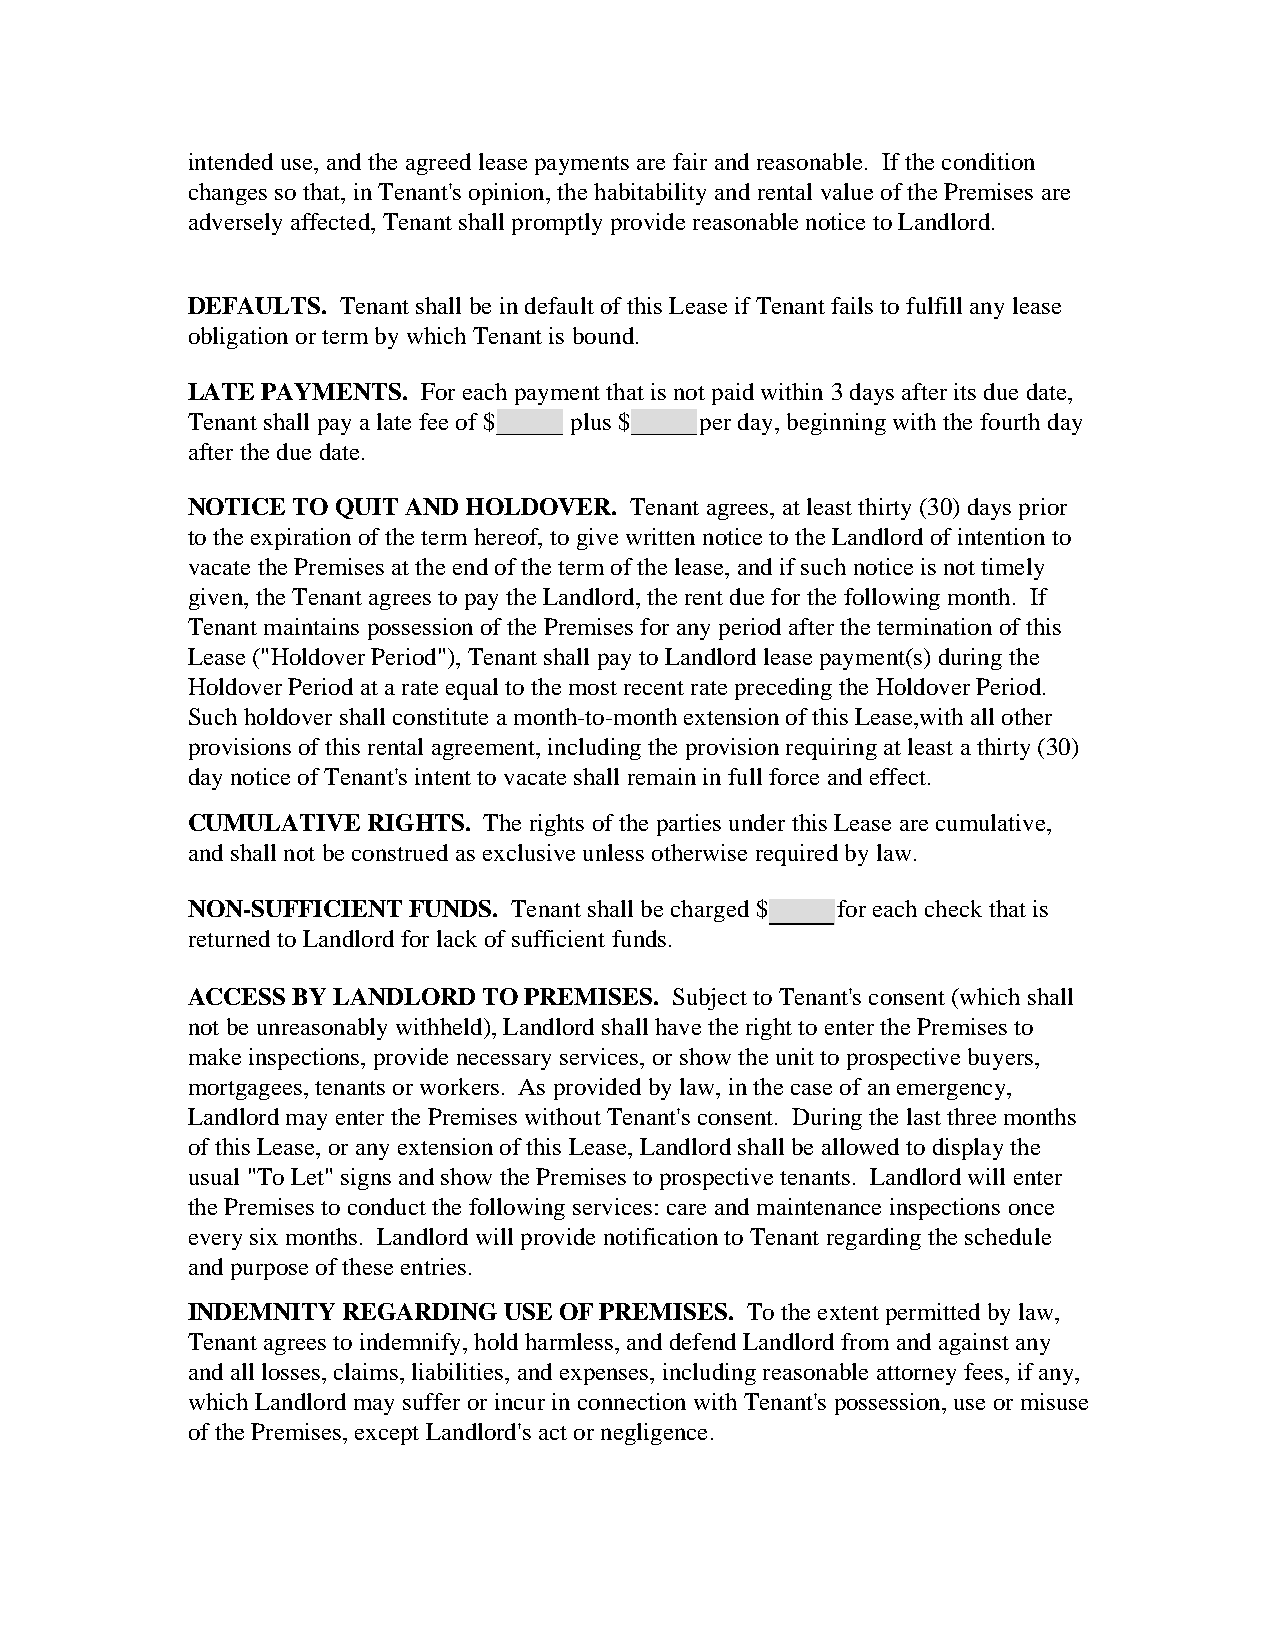
intended use, and the agreed lease payments are fair and reasonable. If the condition
 changes so that, in Tenant's opinion, the habitability and rental value of the Premises are
 adversely affected, Tenant shall promptly provide reasonable notice to Landlord.
 DEFAULTS. Tenant shall be in default of this Lease if Tenant fails to fulfill any lease
 obligation or term by which Tenant is bound.
 LATE PAYMENTS.  For each payment that is not paid within 3 days after its due date,
 Tenant shall pay a late fee of $ plus $ per day, beginning with the fourth day
 after the due date.
 NOTICE TO QUIT AND HOLDOVER.  Tenant agrees, at least thirty (30) days prior
 to the expiration of the term hereof, to give written notice to the Landlord of intention to
 vacate the Premises at the end of the term of the lease, and if such notice is not timely
 given, the Tenant agrees to pay the Landlord, the rent due for the following month. If
 Tenant maintains possession of the Premises for any period after the termination of this
 Lease ("Holdover Period"), Tenant shall pay to Landlord lease payment(s) during the
 Holdover Period at a rate equal to the most recent rate preceding the Holdover Period.
 Such holdover shall constitute a month-to-month extension of this Lease,with all other
 provisions of this rental agreement, including the provision requiring at least a thirty (30)
 day notice of Tenant's intent to vacate shall remain in full force and effect.
 CUMULATIVE  RIGHTS. The rights of the parties under this Lease are cumulative,
 and shall not be construed as exclusive unless otherwise required by law.
 NON-SUFFICIENT FUNDS. Tenant shall be charged $ for each check that is
 returned to Landlord for lack of sufficient funds.
 ACCESS BY LANDLORD  TO PREMISES. Subject to Tenant's consent (which shall
 not be unreasonably withheld), Landlord shall have the right to enter the Premises to
 make inspections, provide necessary services, or show the unit to prospective buyers,
 mortgagees, tenants or workers. As provided by law, in the case of an emergency,
 Landlord may enter the Premises without Tenant's consent. During the last three months
 of this Lease, or any extension of this Lease, Landlord shall be allowed to display the
 usual "To Let" signs and show the Premises to prospective tenants. Landlord will enter
 the Premises to conduct the following services: care and maintenance inspections once
 every six months. Landlord will provide notification to Tenant regarding the schedule
 and purpose of these entries.
 INDEMNITY  REGARDING USE OF PREMISES. To the extent permitted by law,
 Tenant agrees to indemnify, hold harmless, and defend Landlord from and against any
 and all losses, claims, liabilities, and expenses, including reasonable attorney fees, if any,
 which Landlord may suffer or incur in connection with Tenant's possession, use or misuse
 of the Premises, except Landlord's act or negligence.